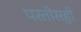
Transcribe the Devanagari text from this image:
परतीसही